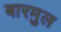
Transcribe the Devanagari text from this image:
बारमुल